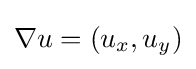
\nabla u=(u_{x},u_{y})